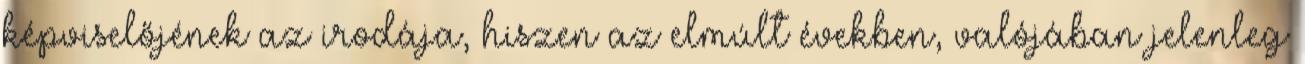
képviselőjének az irodája, hiszen az elmúlt években, valójában jelenleg